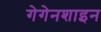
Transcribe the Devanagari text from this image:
गेगेनशाइन